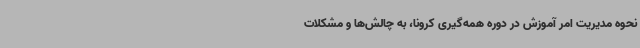
نحوه مدیریت امر آموزش در دوره همه‌گیری کرونا، به چالش‌ها و مشکلات